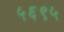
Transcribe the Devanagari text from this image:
५६९५